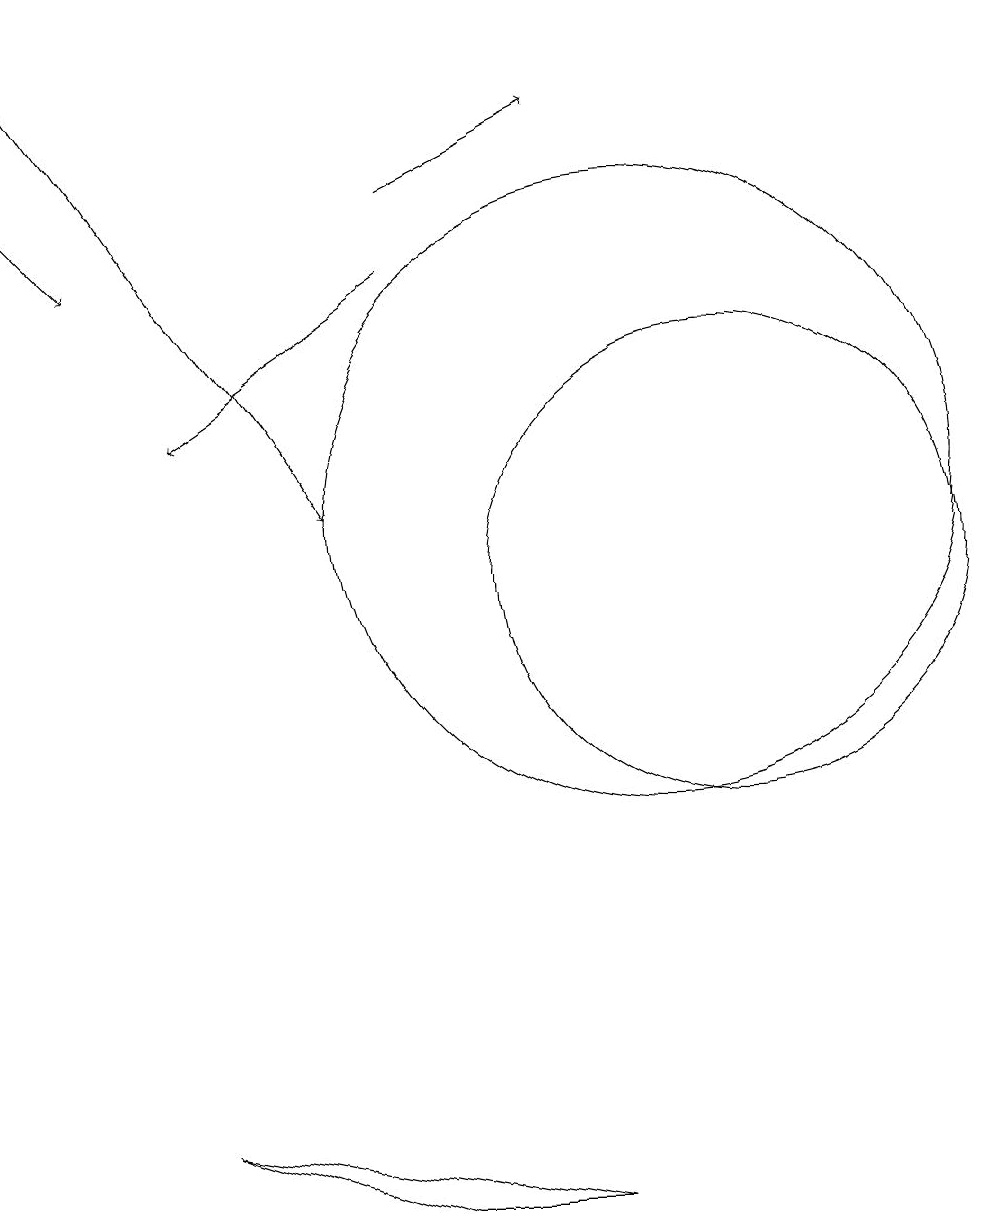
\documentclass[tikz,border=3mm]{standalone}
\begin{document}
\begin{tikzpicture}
\draw (10,11) circle (4);
\draw[->] (7,15) -- (9,16);
\draw (11,10) circle (3);
\draw[->] (7,14) -- (4,12);
\draw[->] (2,17) -- (6,11);
\draw (7,2) -- (9,2) -- (4,3) -- cycle;
\draw[->] (2,15) -- (3,14);
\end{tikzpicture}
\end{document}